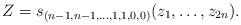
LaTeX: \begin{align*}Z=s_{(n-1,n-1,\dots,1,1,0,0)}(z_1,\dots,z_{2n}).\end{align*}